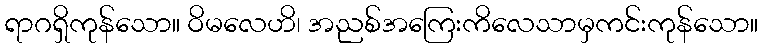
ရာဂရှိကုန်သော။ ဝိမလေဟိ၊ အညစ်အကြေးကိလေသာမှကင်းကုန်သော။